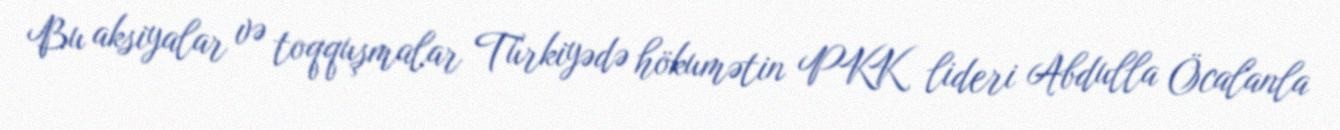
Bu aksiyalar və toqquşmalar Türkiyədə hökumətin PKK lideri Abdulla Öcalanla